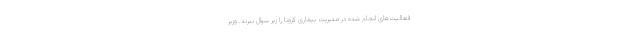
فعالیت‌های انجام شده در مدیریت بیماری کرونا را زیر سوال ببرند. وزیر